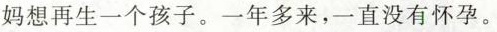
妈想再生一个孩子。一年多来，一直没有怀孕。